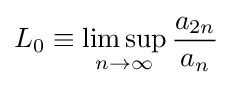
L_{0}\equiv \limsup _{n\rightarrow \infty }{\frac {a_{2n}}{a_{n}}}